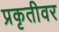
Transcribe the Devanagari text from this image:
प्रकृतीवर